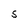
Character: S